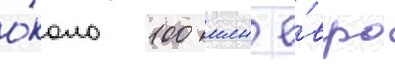
о́коло 100 млн е́вро